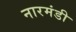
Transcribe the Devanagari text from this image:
नारमंडी